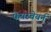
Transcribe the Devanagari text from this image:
फेयरबेयर्न